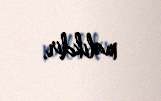
malikdir.